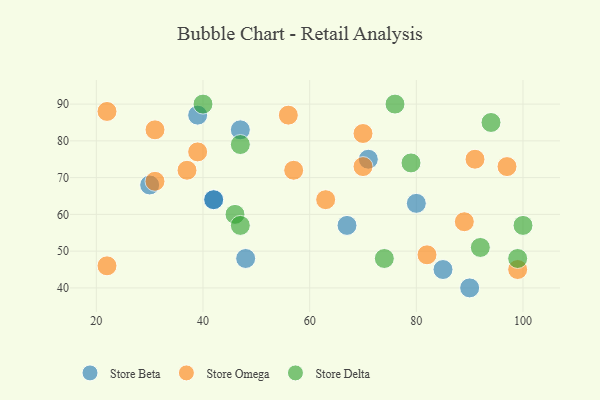
{"axis": {"x": "GDP", "y": "Life Expectancy"}, "legend": ["Store Beta", "Store Delta", "Store Omega"], "data": [{"x": "85", "y": 45, "type": "Store Beta"}, {"x": "80", "y": 63, "type": "Store Beta"}, {"x": "39", "y": 87, "type": "Store Beta"}, {"x": "42", "y": 64, "type": "Store Beta"}, {"x": "47", "y": 83, "type": "Store Beta"}, {"x": "67", "y": 57, "type": "Store Beta"}, {"x": "42", "y": 64, "type": "Store Beta"}, {"x": "48", "y": 48, "type": "Store Beta"}, {"x": "30", "y": 68, "type": "Store Beta"}, {"x": "90", "y": 40, "type": "Store Beta"}, {"x": "71", "y": 75, "type": "Store Beta"}, {"x": "31", "y": 69, "type": "Store Omega"}, {"x": "37", "y": 72, "type": "Store Omega"}, {"x": "97", "y": 73, "type": "Store Omega"}, {"x": "63", "y": 64, "type": "Store Omega"}, {"x": "39", "y": 77, "type": "Store Omega"}, {"x": "99", "y": 45, "type": "Store Omega"}, {"x": "70", "y": 82, "type": "Store Omega"}, {"x": "89", "y": 58, "type": "Store Omega"}, {"x": "70", "y": 73, "type": "Store Omega"}, {"x": "57", "y": 72, "type": "Store Omega"}, {"x": "82", "y": 49, "type": "Store Omega"}, {"x": "56", "y": 87, "type": "Store Omega"}, {"x": "91", "y": 75, "type": "Store Omega"}, {"x": "22", "y": 46, "type": "Store Omega"}, {"x": "22", "y": 88, "type": "Store Omega"}, {"x": "31", "y": 83, "type": "Store Omega"}, {"x": "94", "y": 85, "type": "Store Delta"}, {"x": "46", "y": 60, "type": "Store Delta"}, {"x": "100", "y": 57, "type": "Store Delta"}, {"x": "47", "y": 79, "type": "Store Delta"}, {"x": "47", "y": 57, "type": "Store Delta"}, {"x": "79", "y": 74, "type": "Store Delta"}, {"x": "74", "y": 48, "type": "Store Delta"}, {"x": "40", "y": 90, "type": "Store Delta"}, {"x": "76", "y": 90, "type": "Store Delta"}, {"x": "92", "y": 51, "type": "Store Delta"}, {"x": "99", "y": 48, "type": "Store Delta"}]}